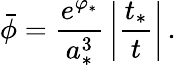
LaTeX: \bar{\phi}={\frac{e^{\varphi_{*}}}{a_{*}^{3}}}\left|{\frac{t_{*}}{t}}\right|\, .